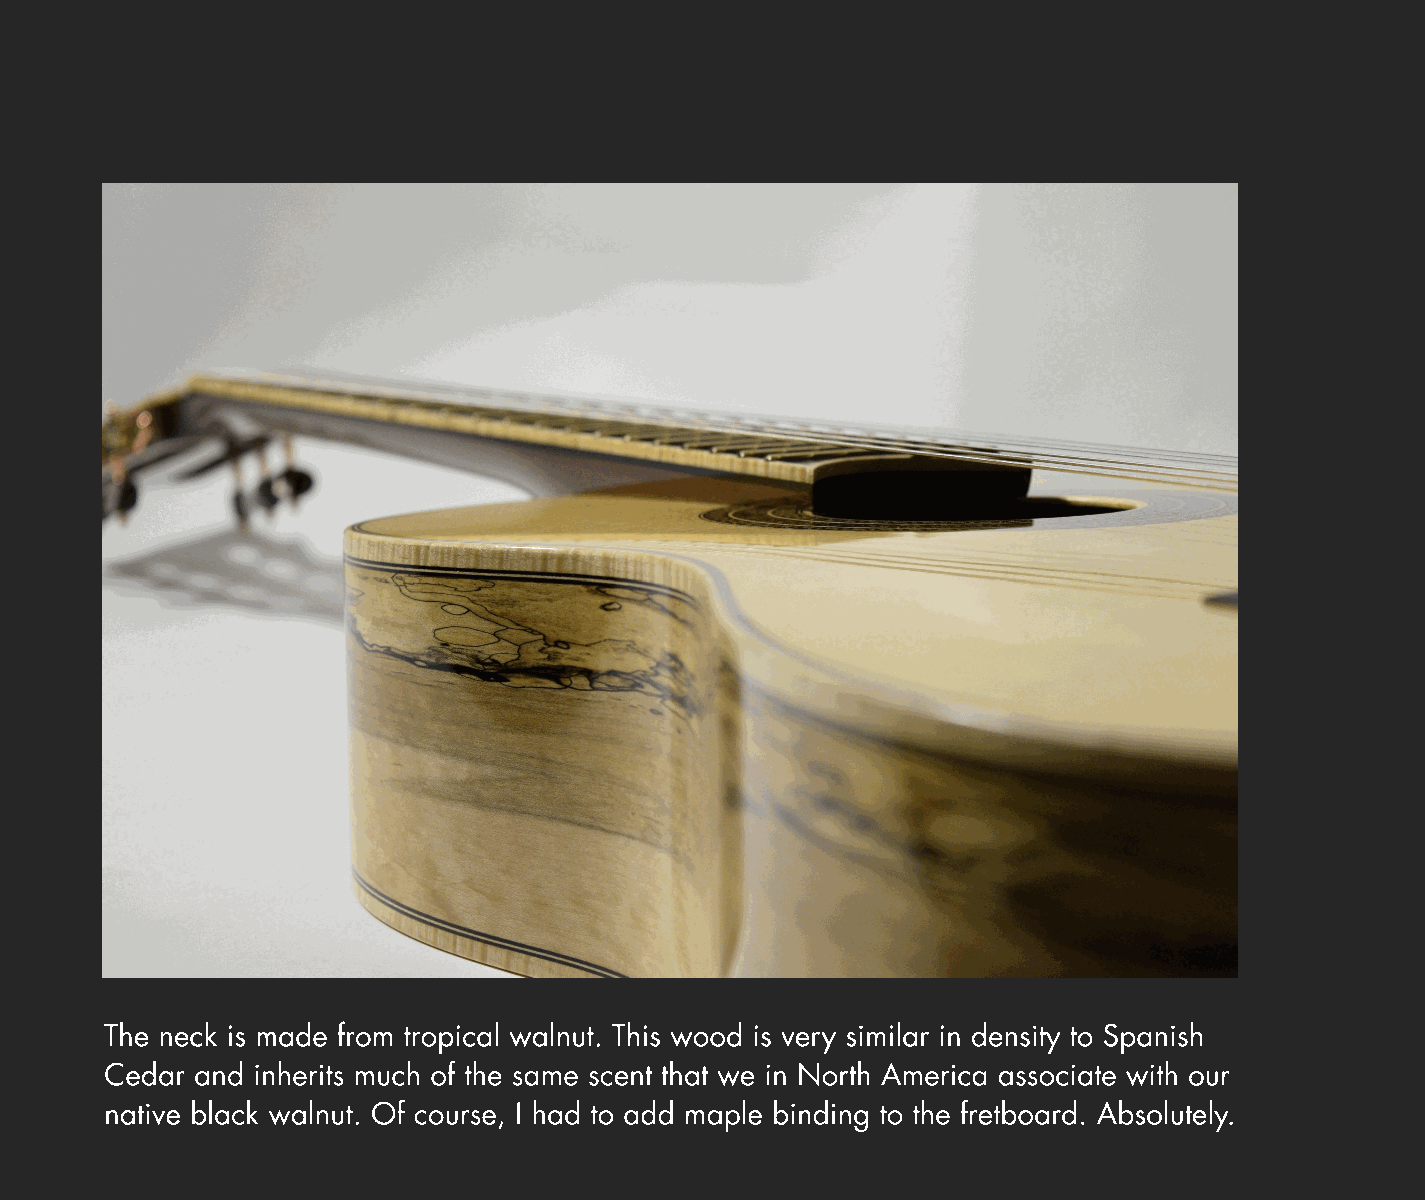
The neck is made from tropical walnut. This wood is very similar in density to Spanish
 Cedar and inherits much of the same scent that we in North America associate with our
 native black walnut. Of course, I had to add maple binding to the fretboard. Absolutely.